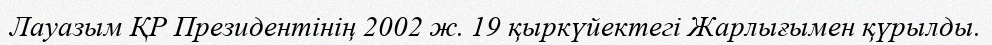
Лауазым ҚР Президентінің 2002 ж. 19 қыркүйектегі Жарлығымен қүрылды.